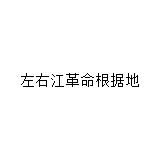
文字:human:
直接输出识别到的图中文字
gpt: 左右江革命根据地